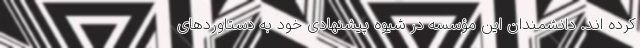
کرده اند. دانشمندان این مؤسسه در شیوه پیشنهادی خود به دستاورد‌های